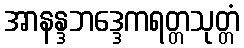
အာနန္ဒဘဒ္ဒေကရတ္တသုတ္တံ